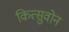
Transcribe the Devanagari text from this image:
कित्सुवोन